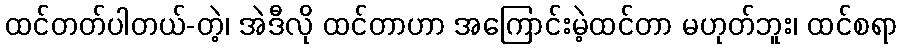
ထင်တတ်ပါတယ်-တဲ့၊ အဲဒီလို ထင်တာဟာ အကြောင်းမဲ့ထင်တာ မဟုတ်ဘူး၊ ထင်စရာ